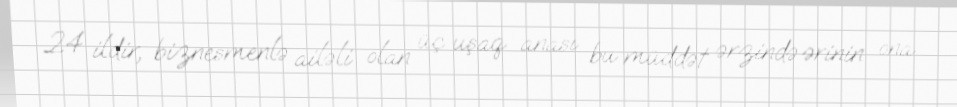
24 ildir, biznesmenlə ailəli olan üç uşaq anası bu müddət ərzində ərinin ona